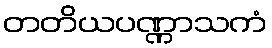
တတိယပဏ္ဏာသကံ